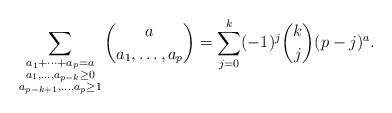
\begin{align*}\sum_{\substack{a_1+\cdots+a_p=a\\a_1,\ldots,a_{p-k}\geq0\\a_{p-k+1},\ldots,a_p\geq1}}\binom{a}{a_1,\ldots,a_p}=\sum_{j=0}^{k}(-1)^j\binom{k}{j}(p-j)^a. \end{align*}